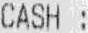
CASH :